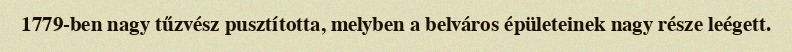
1779-ben nagy tűzvész pusztította, melyben a belváros épületeinek nagy része leégett.